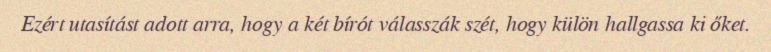
Ezért utasítást adott arra, hogy a két bírót válasszák szét, hogy külön hallgassa ki őket.